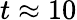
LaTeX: t\approx 10